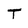
Character: T